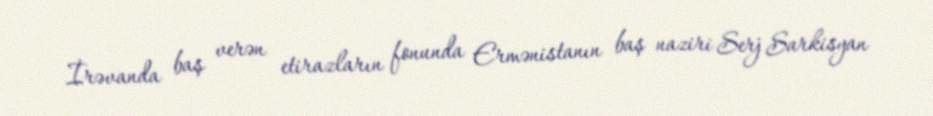
İrəvanda baş verən etirazların fonunda Ermənistanın baş naziri Serj Sarkisyan